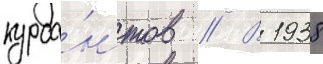
курса́нтов // В 1938